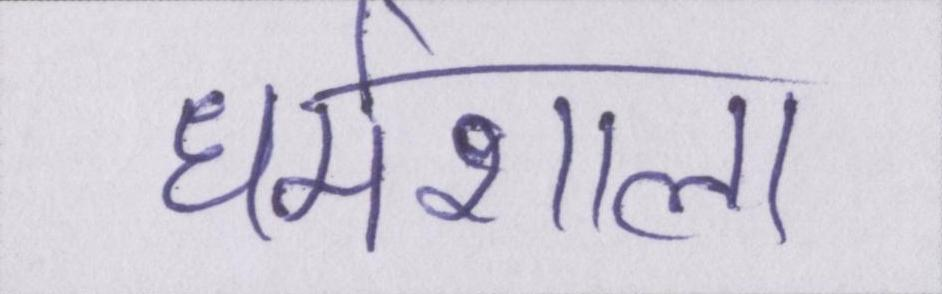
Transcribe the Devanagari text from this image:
धर्मशाला